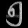
Digit: ၅